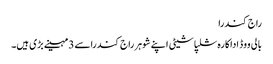
راج کندرا
بالی ووڈ اداکارہ شلپاشیٹی اپنے شوہر راج کندراسے 3مہینے بڑی ہیں۔